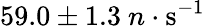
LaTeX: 59.0\pm 1.3~n\cdot\mathrm{s^{-1}}